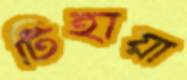
টিহায়া